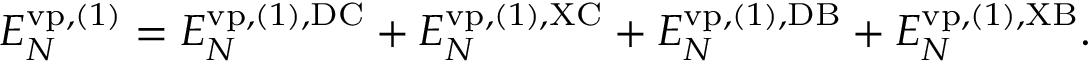
\begin{array} { r } { { \cal E } _ { N } ^ { \ensuremath { \mathrm { v p } } , ( 1 ) } = { \cal E } _ { N } ^ { \ensuremath { \mathrm { v p } } , ( 1 ) , \mathrm { D C } } + { \cal E } _ { N } ^ { \ensuremath { \mathrm { v p } } , ( 1 ) , \mathrm { X C } } + { \cal E } _ { N } ^ { \ensuremath { \mathrm { v p } } , ( 1 ) , \mathrm { D B } } + { \cal E } _ { N } ^ { \ensuremath { \mathrm { v p } } , ( 1 ) , \mathrm { X B } } . } \end{array}